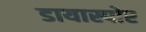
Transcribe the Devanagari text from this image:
डायास्पोर